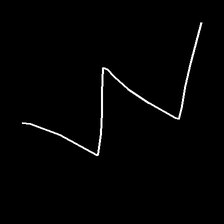
Glyph: crush